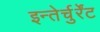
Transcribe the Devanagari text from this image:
इन्तेर्चुर्रेंट